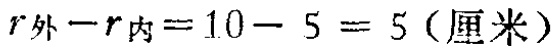
\(r_{外}-r_{内}=10 - 5 = 5 (\text{厘米})\)